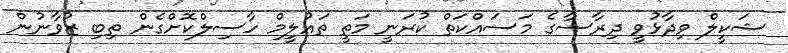
ޝަކީލް ވިދާޅުވީ ދިރާސާގެ މަސައްކަތް ކުރަނީ މަތީ ތައުލީމް ހާސިލްކޮށްގެން ތިބި ޒުވާނުން